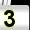
Digit: 3